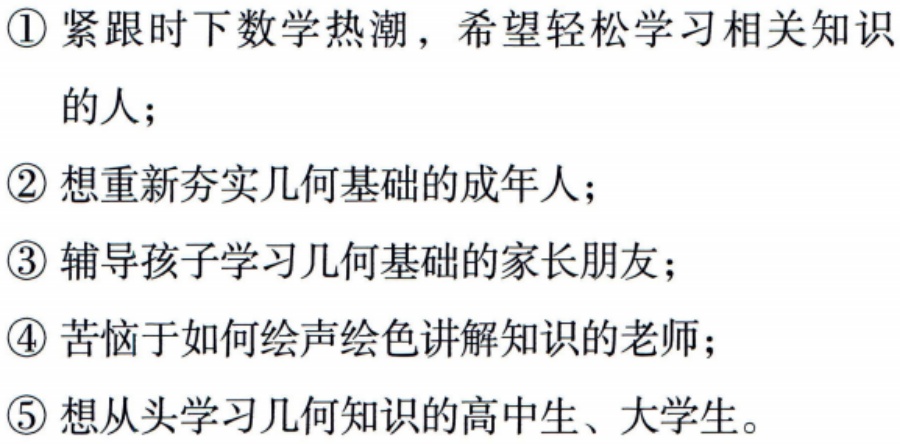
\begin{enumerate}

\item 紧跟时下数学热潮，希望轻松学习相关知识的人；

\item 想重新夯实几何基础的成年人；

\item 辅导孩子学习几何基础的家长朋友；

\item 苦恼于如何绘声绘色讲解知识的老师；

\item 想从头学习几何知识的高中生、大学生。

\end{enumerate}